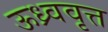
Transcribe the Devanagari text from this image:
ऊध्र्ववृत्त